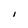
Character: I